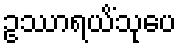
ဥဿာရယိံသုပေ